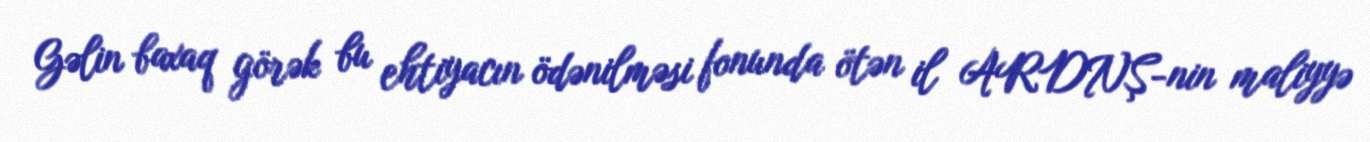
Gəlin baxaq görək bu ehtiyacın ödənilməsi fonunda ötən il ARDNŞ-nin maliyyə